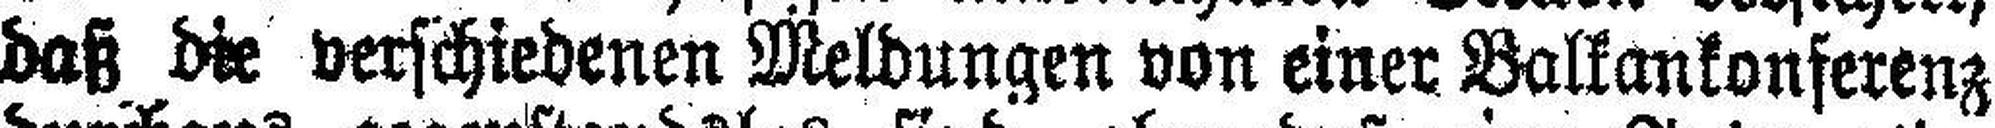
daß die verschiedenen Meldungen von einer Balkankonferenz